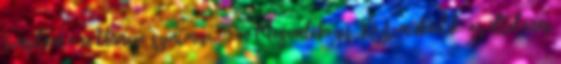
templom 9.00 Ünnepi szentmise. 10.00 Megemlékezés. Közreműködik: az általános